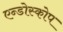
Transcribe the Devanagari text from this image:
एन्डोस्कोप